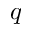
q